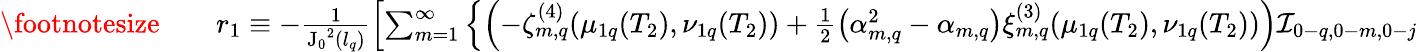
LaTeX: \begin{array}{rlr}{\footnotesize}&{{}}&{r_{1}\equiv-\frac{1}{\mathrm{J_{0}}^{2}(l_{q})}\left[\sum_{m=1}^{\infty}\left\{ \left(-\zeta_{m,q}^{(4)}(\mu_{1q}(T_{2}),\nu_{1q}(T_{2}))+\frac{1}{2}\left(\alpha_{m,q}^{2}-\alpha_{m,q}\right)\xi_{m,q}^{(3)}(\mu_{1q}(T_{2}),\nu_{1q}(T_{2}))\right)\mathcal{I}_{0-q,0-m,0-j}\right.\right.}\end{array}